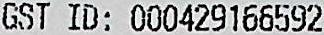
GST ID: 000429166592